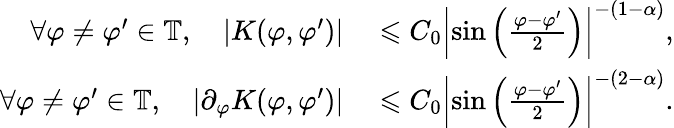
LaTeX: \begin{array}{rl}{\forall\varphi\neq\varphi^{\prime}\in\mathbb{T},\quad|K(\varphi,\varphi^{\prime})|}&{{}\leqslant C_{0}\left|\sin\left(\frac{\varphi-\varphi^{\prime}}{2}\right)\right|^{-(1-\alpha)},}\\ {\forall\varphi\neq\varphi^{\prime}\in\mathbb{T},\quad|\partial_{\varphi}K(\varphi,\varphi^{\prime})|}&{{}\leqslant C_{0}\left|\sin\left(\frac{\varphi-\varphi^{\prime}}{2}\right)\right|^{-(2-\alpha)}.}\end{array}